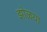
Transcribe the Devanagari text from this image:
झोळया